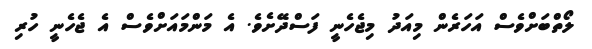
ލޯތްބަށްވެސް އަހަރެން މިއަދު މިޖެހެނީ ފަސްދޭށެވެ. އެ މަންމައަށްވެސް އެ ޖެހެނީ ހުރި